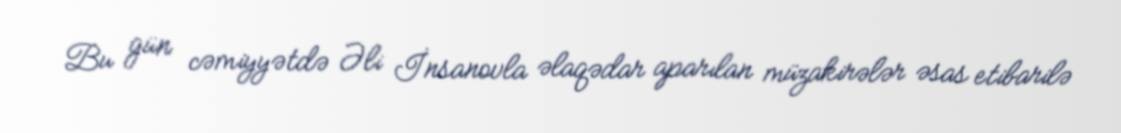
Bu gün cəmiyyətdə Əli İnsanovla əlaqədar aparılan müzakirələr əsas etibarilə